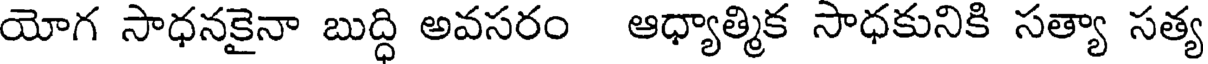
యోగ సాధనకైనా బుద్ధి అవసరం ఆధ్యాత్మిక సాధకునికి సత్యా సత్య